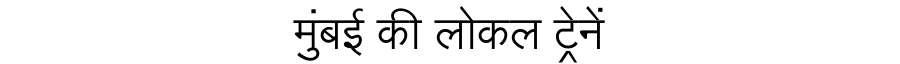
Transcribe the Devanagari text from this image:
मुंबई की लोकल ट्रेनें